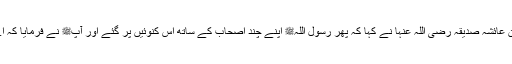
اُمّ المؤمنین عائشہ صدیقہ رضی اللہ عنہا نے کہا کہ پھر رسول اللہﷺ اپنے چند اصحاب کے ساتھ اس کنوئیں پر گئے اور آپﷺ نے فرمایا کہ اے عائشہ!